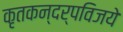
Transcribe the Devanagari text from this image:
कृतकन्दर्पविजये